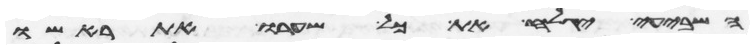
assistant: השביעי יגלח את כל שערו את ראשו